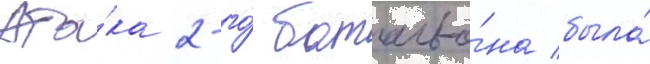
Ата́ка 2-го́ батальо́на была́